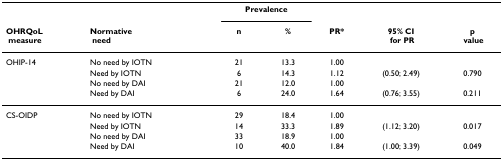
<table><thead><tr><td></td><td></td><td colspan="2"><b>Prevalence</b></td><td></td><td></td><td></td></tr><tr><td><b>OHRQoL measure</b></td><td><b>Normative need</b></td><td><b>n</b></td><td><b>%</b></td><td><b>PR*</b></td><td><b>95% CI for PR</b></td><td><b>p value</b></td></tr></thead><tbody><tr><td>OHIP-14</td><td>No need by IOTN</td><td>21</td><td>13.3</td><td>1.00</td><td></td><td></td></tr><tr><td></td><td>Need by IOTN</td><td>6</td><td>14.3</td><td>1.12</td><td>(0.50; 2.49)</td><td>0.790</td></tr><tr><td></td><td>No need by DAI</td><td>21</td><td>12.0</td><td>1.00</td><td></td><td></td></tr><tr><td></td><td>Need by DAI</td><td>6</td><td>24.0</td><td>1.64</td><td>(0.76; 3.55)</td><td>0.211</td></tr><tr><td>CS-OIDP</td><td>No need by IOTN</td><td>29</td><td>18.4</td><td>1.00</td><td></td><td></td></tr><tr><td></td><td>Need by IOTN</td><td>14</td><td>33.3</td><td>1.89</td><td>(1.12; 3.20)</td><td>0.017</td></tr><tr><td></td><td>No need by DAI</td><td>33</td><td>18.9</td><td>1.00</td><td></td><td></td></tr><tr><td></td><td>Need by DAI</td><td>10</td><td>40.0</td><td>1.84</td><td>(1.00; 3.39)</td><td>0.049</td></tr></tbody></table>